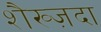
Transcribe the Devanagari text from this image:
शैख्ज़दा